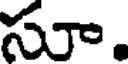
సూ.